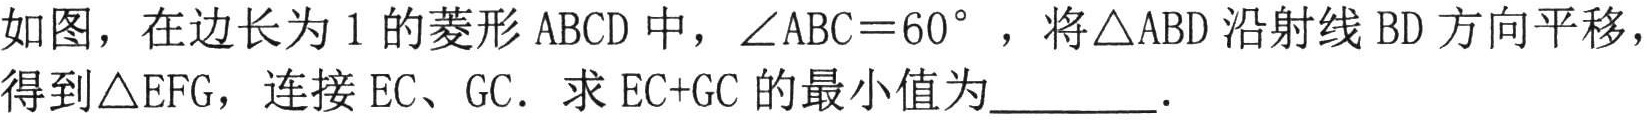
如图，在边长为 \(1\) 的菱形 \(ABCD\) 中，\(\angle ABC = 60^{\circ}\)，将\(\triangle ABD\)沿射线 \(BD\) 方向平移，得到\(\triangle EFG\)，连接 \(EC、GC\)．求 \(EC + GC\) 的最小值为  ．